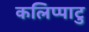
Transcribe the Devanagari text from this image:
कलिप्पाटु